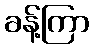
ခန့်ကြာ